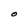
Character: O